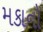
મકાનો